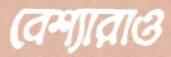
বেশ্যারাও